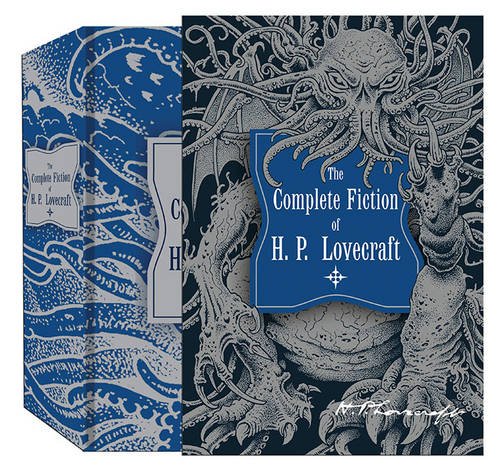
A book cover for The Complete Fiction of H.P. Lovecraft (Knickerbocker Classics); H P Lovecraft; Literature & Fiction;